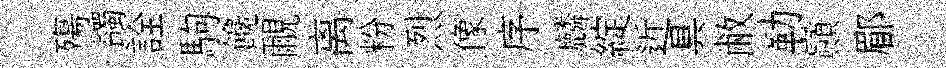
殤蠲詮駒饞覼离粉烈像序麟綻近具敝勒巔郿